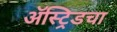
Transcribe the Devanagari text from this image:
ॲस्ट्रिडचा